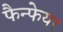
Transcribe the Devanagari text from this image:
फैन्फेयर